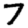
Digit: 7